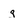
Character: g